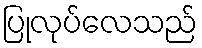
ပြုလုပ်လေသည်